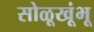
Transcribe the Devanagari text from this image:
सोळूखूंभू